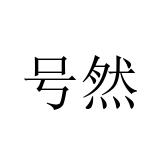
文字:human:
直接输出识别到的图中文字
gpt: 号然